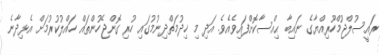
ރައީސުލްޖުމްހޫރިއްޔާގެ ނައިބާ ޙިއްސާކޮށްފައިވެއެވެ. އަދި މި ޚިދުމަތްދިނުމުގައި ހުރި ގޮންޖެހުންތައް ހައްލުކުރުމަށް އެޅިދާނެ